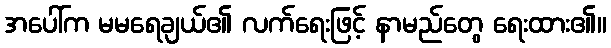
အပေါ်က မမရေချယ်၏ လက်ရေးဖြင့် နာမည်တွေ ရေးထား၏။